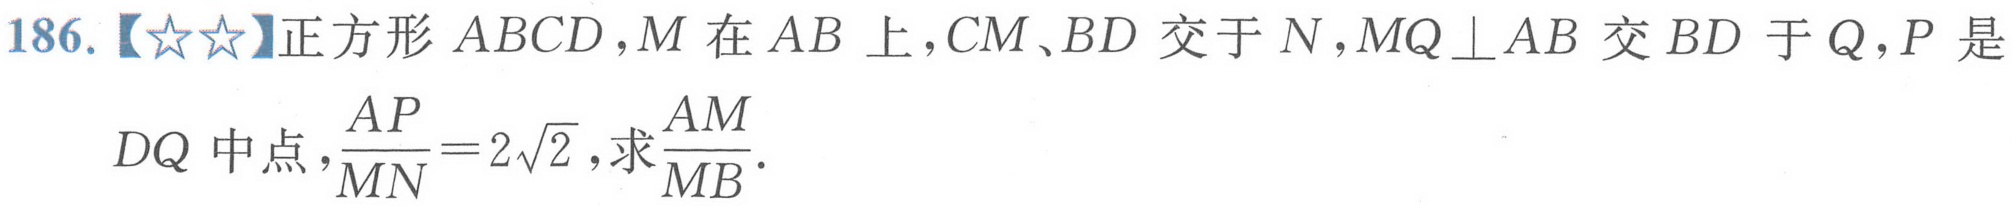
186.【★★】正方形\(ABCD\)，\(M\)在\(AB\)上，\(CM、BD\)交于\(N\)，\(MQ\perp AB\)交\(BD\)于\(Q\)，\(P\)是
\(DQ\)中点，\(\frac{AP}{MN}=2\sqrt{2}\)，求\(\frac{AM}{MB}\)．